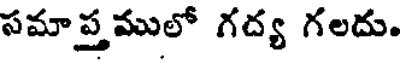
సమాప్తములో గద్య గలదు.